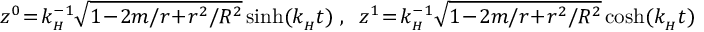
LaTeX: z ^ { 0 } \! = \! k _ { \mathrm { } _ { H } } ^ { - 1 } \sqrt { 1 \! - \! 2 m / r \! + \! r ^ { 2 } / R ^ { 2 } } \sinh ( k _ { \mathrm { } _ { H } } t ) \; , \; \; z ^ { 1 } \! = \! k _ { \mathrm { } _ { H } } ^ { - 1 } \sqrt { 1 \! - \! 2 m / r \! + \! r ^ { 2 } / R ^ { 2 } } \cosh ( k _ { \mathrm { } _ { H } } t )